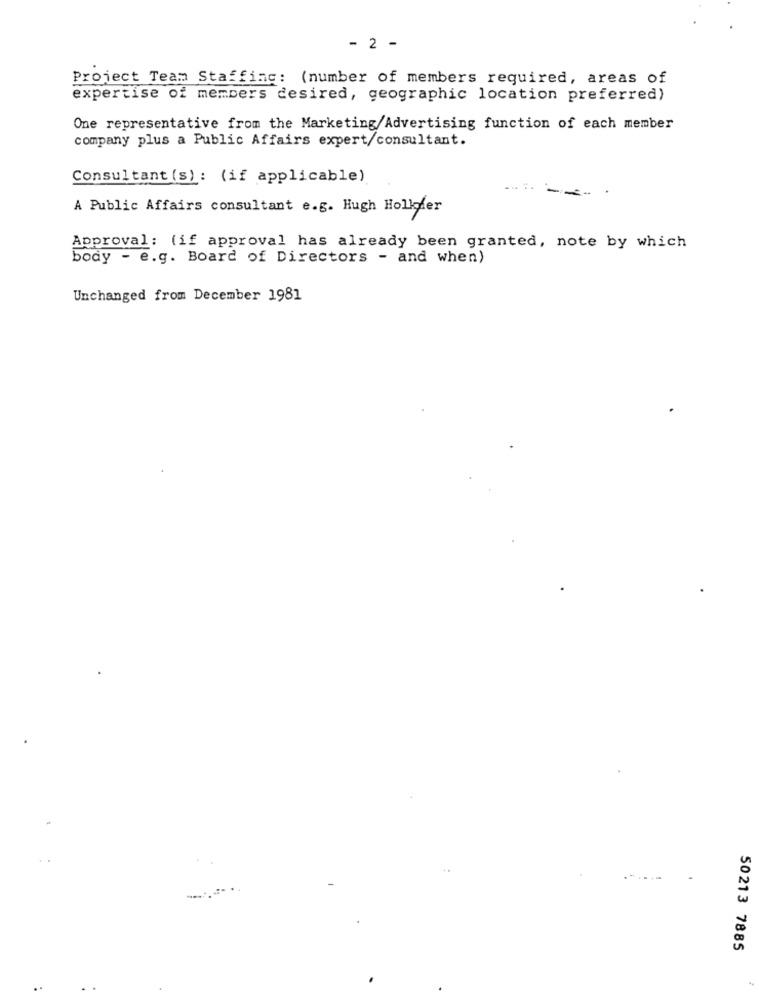
- 2 -
Project Team Staffing: (number of members required, areas of
expertise of members desired, geographic location preferred)
One representative from the Marketing/Advertising function of each member
company plus a Public Affairs expert/consultant.
Consultant (s) : (if applicable)
===
A Public Affairs consultant e.g. Hugh Hollder
Approval: (if approval has already been granted, note by which
body - e.g. Board of Directors - and when)
Unchanged from December 1981
50213 7885